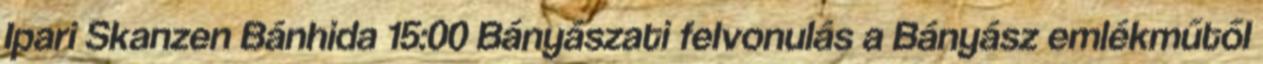
Ipari Skanzen Bánhida 15:00 Bányászati felvonulás a Bányász emlékműtől